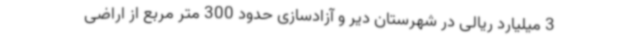
3 میلیارد ریالی در شهرستان دیر و آزادسازی حدود 300 متر مربع از اراضی